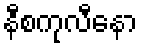
နီစကုလီနော